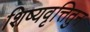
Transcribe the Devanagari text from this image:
शिष्यवृत्तितुन